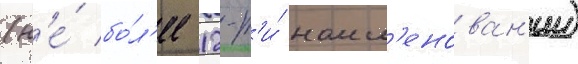
(н'е́ бо́л'ее 12-т'и́ наим'енован'ии)